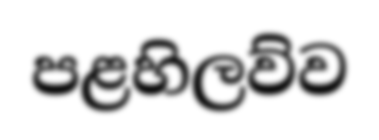
පළහිලව්ව